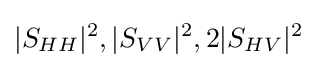
|S_{HH}|^{2},|S_{VV}|^{2},2|S_{HV}|^{2}